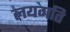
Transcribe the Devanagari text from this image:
लयगति